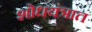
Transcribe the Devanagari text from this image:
शोधयंत्रात